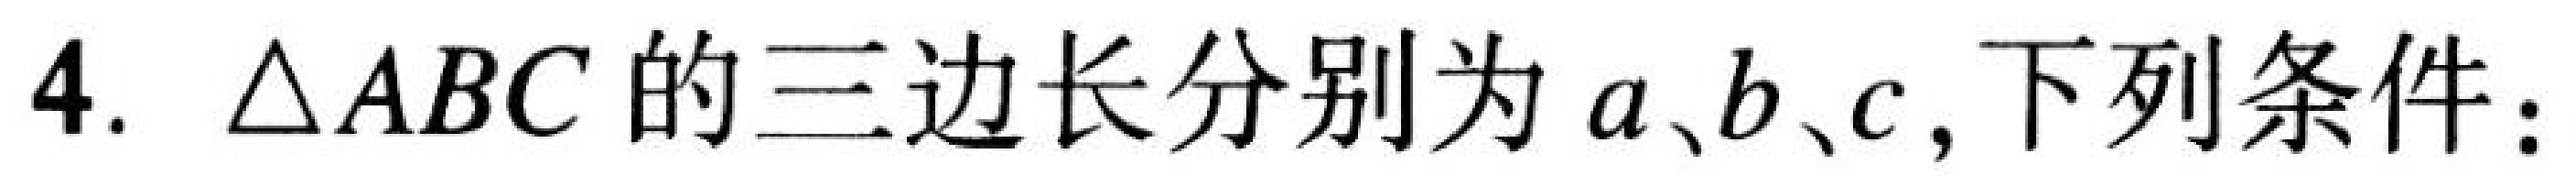
4. $\triangle ABC$的三边长分别为$a、b、c$,下列条件：